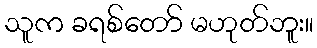
သူက ခရစ်တော် မဟုတ်ဘူး။